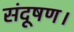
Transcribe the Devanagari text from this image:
संदूषण।